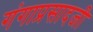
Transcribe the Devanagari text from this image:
गंगाप्रसादजी